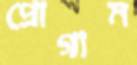
প্রোগাম